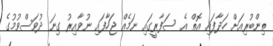
ތިންބުރިއަށް ހަދާފައި އޮތް އެ ސަފާރީގައި ނަމެއް ޖަހާފައި ނުވާއިރު ގިނަ ދުވަސްވުމުގެ